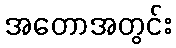
အတောအတွင်း